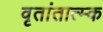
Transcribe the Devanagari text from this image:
वृतांतात्‍म्क